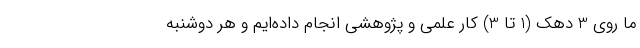
ما روی 3 دهک (1 تا 3) کار علمی و پژوهشی انجام داده‌ایم و هر دوشنبه